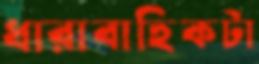
ধারাবাহিকটা